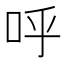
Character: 呼